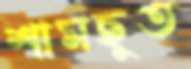
শামছুত